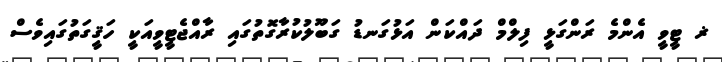
ޜ ޓީވީ އެންމެ ރަންގަޅީ ފިލްމް ދައްކަން އަޅުގަނޑު ގަބޫލުކުރާގޮތުގައި ރާއްޖެޓީވީއަކީ ހަޤީގަތުގައިވެސް